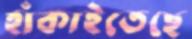
হাঁকাইতেছে